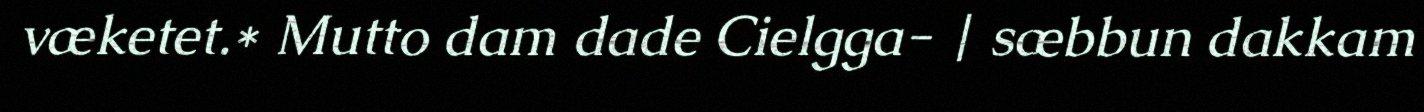
væketet.* Mutto dam dade Cielgga- | sæbbun dakkam